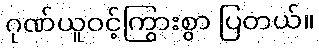
ဂုဏ်ယူဝင့်ကြွားစွာ ပြတယ်။